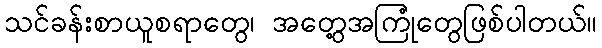
သင်ခန်းစာယူစရာတွေ၊ အတွေ့အကြုံတွေဖြစ်ပါတယ်။